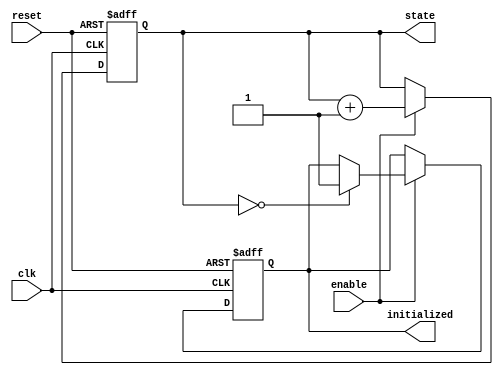
module ClockCycleInitialization (
    input wire clk,          // Clock signal
    input wire reset,        // Reset signal (active-high)
    input wire enable,       // Enable signal
    output reg initialized,   // Initialization completed signal
    output reg [3:0] state   // Current state (4-bit for example)
);

    // Define the default state value
    localparam DEFAULT_STATE = 4'b0000;

    // State transition logic
    always @(posedge clk or posedge reset) begin
        if (reset) begin
            // On reset, set state to default and initialized to low
            state <= DEFAULT_STATE;
            initialized <= 1'b0;
        end else if (enable) begin
            // On clock edge, if enabled, check for initialization
            if (state == DEFAULT_STATE) begin
                // If in default state, set initialized to high
                initialized <= 1'b1;
            end
            
            // State transition logic can be defined here
            // For example, increment state or any other logic
            // Here we just increment the state for demonstration
            state <= state + 1'b1; // Example state transition
        end
        // If enable is low, hold the current state and initialized status
    end

endmodule